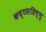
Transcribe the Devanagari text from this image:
कष्टसहिष्णु